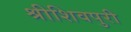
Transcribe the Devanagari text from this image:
श्रीशिवपुरी